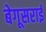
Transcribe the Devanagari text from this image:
बेगूसराई